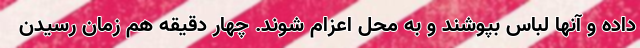
داده و آنها لباس بپوشند و به محل اعزام شوند. چهار دقیقه هم زمان رسیدن